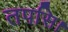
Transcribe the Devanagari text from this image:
तपसि।